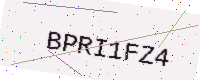
Text: BPRI1FZ4